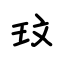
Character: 玟